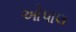
ઓપાલ